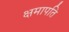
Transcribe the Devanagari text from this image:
क्षमापति